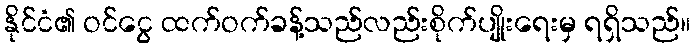
နိုင်ငံ၏ ဝင်ငွေ ထက်ဝက်ခန့်သည်လည်းစိုက်ပျိုးရေးမှ ရရှိသည်။